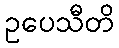
ဥပေသီတိ